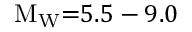
\mathrm { M } _ { \mathrm { W } } { = } 5 . 5 - 9 . 0